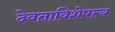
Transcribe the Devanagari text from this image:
देवताविशेषस्य